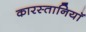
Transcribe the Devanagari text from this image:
कारस्तानियाॅ